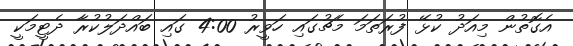
އެގޮތުން މިއަދު ކުޅޭ ފުރަތަމަ މެޗުގައި ހަވީރު 4:00 ގައި ބައްދަލުކުރާ ދެޓީމަކީ